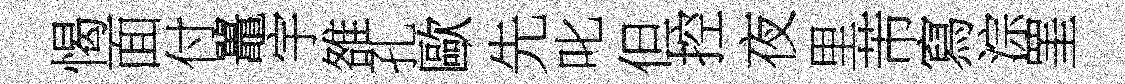
愒面付鼉宇雒孔歐先叱但控夜里芾寫淙罣